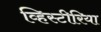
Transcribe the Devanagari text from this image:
व्हिस्टीरिया